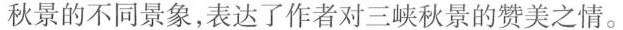
秋景的不同景象,表达了作者对三峡秋景的赞美之情。